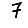
Digit: 7